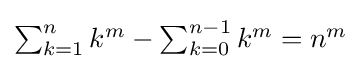
{\textstyle \sum _{k=1}^{n}k^{m}-\sum _{k=0}^{n-1}k^{m}=n^{m}}